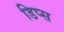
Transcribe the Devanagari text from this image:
डिप्स